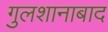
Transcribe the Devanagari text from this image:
गुलशानाबाद